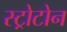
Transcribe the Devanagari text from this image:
स्ट्रोटोन